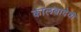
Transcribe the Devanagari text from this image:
कालबादेवी